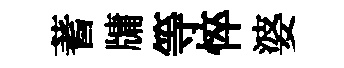
蓍牗等悴婆